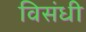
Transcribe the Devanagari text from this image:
विसंधी